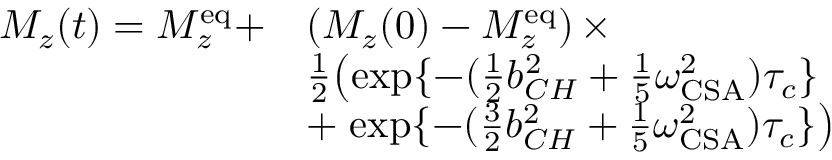
\begin{array} { r l } { M _ { z } ( t ) = M _ { z } ^ { \mathrm { e q } } + } & { \left( M _ { z } ( 0 ) - M _ { z } ^ { \mathrm { e q } } \right) \times } \\ & { \frac { 1 } { 2 } \! \left( \exp \{ - ( \frac { 1 } { 2 } b _ { C H } ^ { 2 } + \frac { 1 } { 5 } \omega _ { \mathrm { C S A } } ^ { 2 } ) \tau _ { c } \} \right. } \\ & { + \left. \exp \{ - ( \frac { 3 } { 2 } b _ { C H } ^ { 2 } + \frac { 1 } { 5 } \omega _ { \mathrm { C S A } } ^ { 2 } ) \tau _ { c } \} \right) } \end{array}